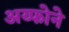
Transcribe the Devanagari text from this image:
अय्फोने